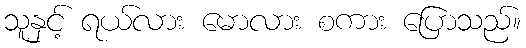
သူနှင့် ရယ်လား မောလား စကား ပြောသည်။